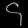
Digit: ၄